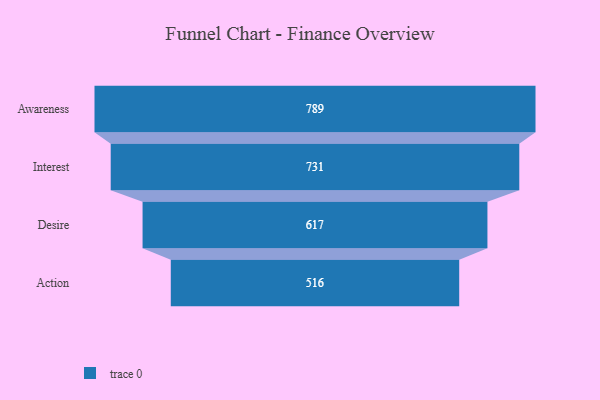
{"axis": {"x": "Stage", "y": "Value"}, "legend": [""], "data": [{"x": "Awareness", "y": 789.0, "type": ""}, {"x": "Interest", "y": 731.0, "type": ""}, {"x": "Desire", "y": 617.0, "type": ""}, {"x": "Action", "y": 516.0, "type": ""}]}